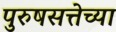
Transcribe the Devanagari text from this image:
पुरुषसत्तेच्या